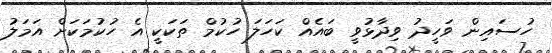
ހުސައިން ވަހީދު ވިދާޅުވީ ބައެއް ކަހަލަ ހުކުމް ތަކަކީ އެ ހުކުމަކަށް އަމަލު